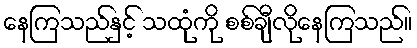
နေကြသည်နှင့် သထုံကို စစ်ချီလိုနေကြသည်။